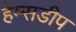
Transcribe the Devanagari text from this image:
हेम्सडीप